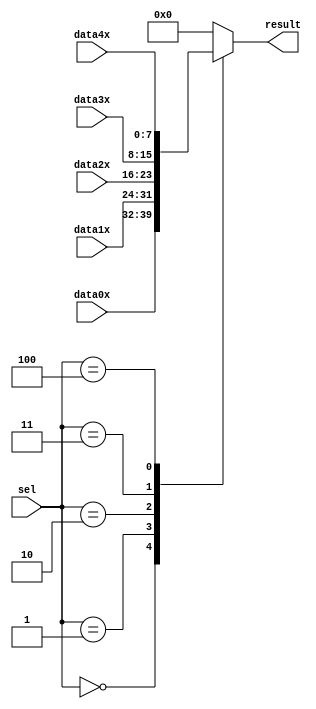
module mux5to1_8bit (
	data0x,
	data1x,
	data2x,
	data3x,
	data4x,
	sel,
	result);

	input	[7:0]  data0x;
	input	[7:0]  data1x;
	input	[7:0]  data2x;
	input	[7:0]  data3x;
	input	[7:0]  data4x;
	input	[2:0]  sel;
	output reg [7:0]  result;

	always @(*)
	begin
		case (sel)
			3'b000: result <= data0x;
			3'b001: result <= data1x;
			3'b010: result <= data2x;
			3'b011: result <= data3x;
			3'b100: result <= data4x;
			default: result <= 8'b0;
		endcase
	end
	
endmodule